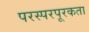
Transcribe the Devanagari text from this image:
परस्परपूरकता